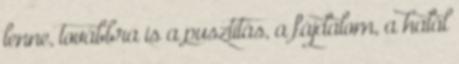
lenne, továbbra is a pusztítás, a fájdalom, a halál